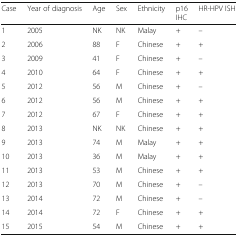
| Case | Year of diagnosis | Age | Sex | Ethnicity | p16IHC | HR-HPV ISH |
 | --- | --- | --- | --- | --- | --- | --- |
 | 1 | 2005 | NK | NK | Malay | + | – |
 | 2 | 2006 | 88 | F | Chinese | + | + |
 | 3 | 2009 | 41 | F | Chinese | + | – |
 | 4 | 2010 | 64 | F | Chinese | + | + |
 | 5 | 2012 | 56 | M | Chinese | + | – |
 | 6 | 2012 | 56 | M | Chinese | + | + |
 | 7 | 2012 | 67 | F | Chinese | + | + |
 | 8 | 2013 | NK | NK | Chinese | + | + |
 | 9 | 2013 | 74 | M | Malay | + | + |
 | 10 | 2013 | 36 | M | Malay | + | + |
 | 11 | 2013 | 53 | M | Chinese | + | + |
 | 12 | 2013 | 70 | M | Chinese | + | – |
 | 13 | 2014 | 72 | M | Chinese | + | – |
 | 14 | 2014 | 72 | F | Chinese | + | + |
 | 15 | 2015 | 54 | M | Chinese | + | + |